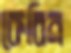
কেবিন